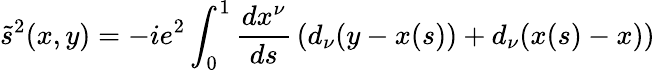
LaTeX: \tilde{s}^{2}(x,y)=-ie^{2}\int_{0}^{1}\frac{dx^{\nu}}{ds}\, (d_{\nu}(y-x(s))+d_{\nu}(x(s)-x))